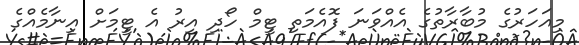
މިއަހަރުގެ މުބާރާތުގެ އެއްވަނަ ފޮއެމަތި ޓީމް ހޯދި އިރު އެ ޓީމަށް އިނާމެއްގެ